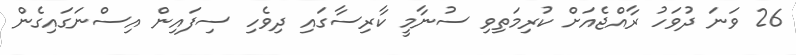
26 ވަނަ ދުވަހު ރާއްޖެއަށް ކުރިމަތިވި ސުނާމީ ކާރިސާގައި ދިވެހި ސިފައިން އިސްނަގައިގެން